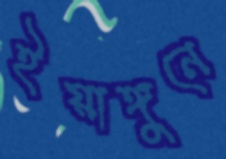
ইয়াঙ্গুনে